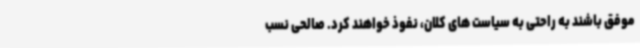
موفق باشند به راحتی به سیاست های کلان، نفوذ خواهند کرد. صالحی نسب